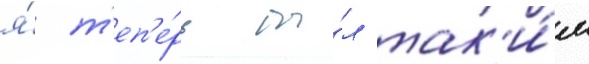
я́ т'еп'е́рь бы́л так'и́м